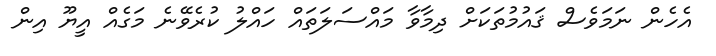
އެހެން ނަމަވެސް ޤައުމުތަކަށް ދިމާވާ މައްސަލަތައް ހައްލު ކުރެވޭނެ މަގެއް އީޔޫ އިން